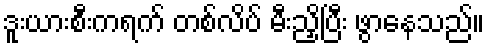
ဒူးယားစီးကရက် တစ်လိပ် မီးညှိပြီး ဖွာနေသည်။